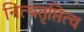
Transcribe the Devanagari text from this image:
नित्यतृप्तित्व